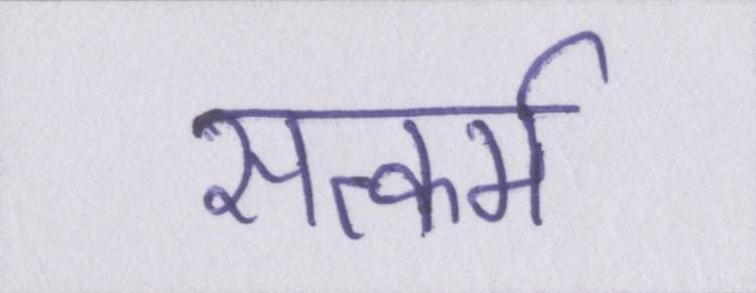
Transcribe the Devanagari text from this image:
सत्कर्म